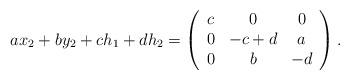
LaTeX: \begin{align*}ax_2+by_2+ch_1+dh_2= \left(\begin{array}{ccc}c & 0 & 0 \\ 0 & -c+d & a \\ 0& b &-d \end{array}\right).\end{align*}